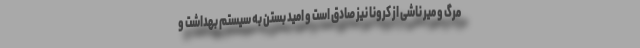
مرگ و میر ناشی از کرونا نیز صادق است و امید بستن به سیستم بهداشت و